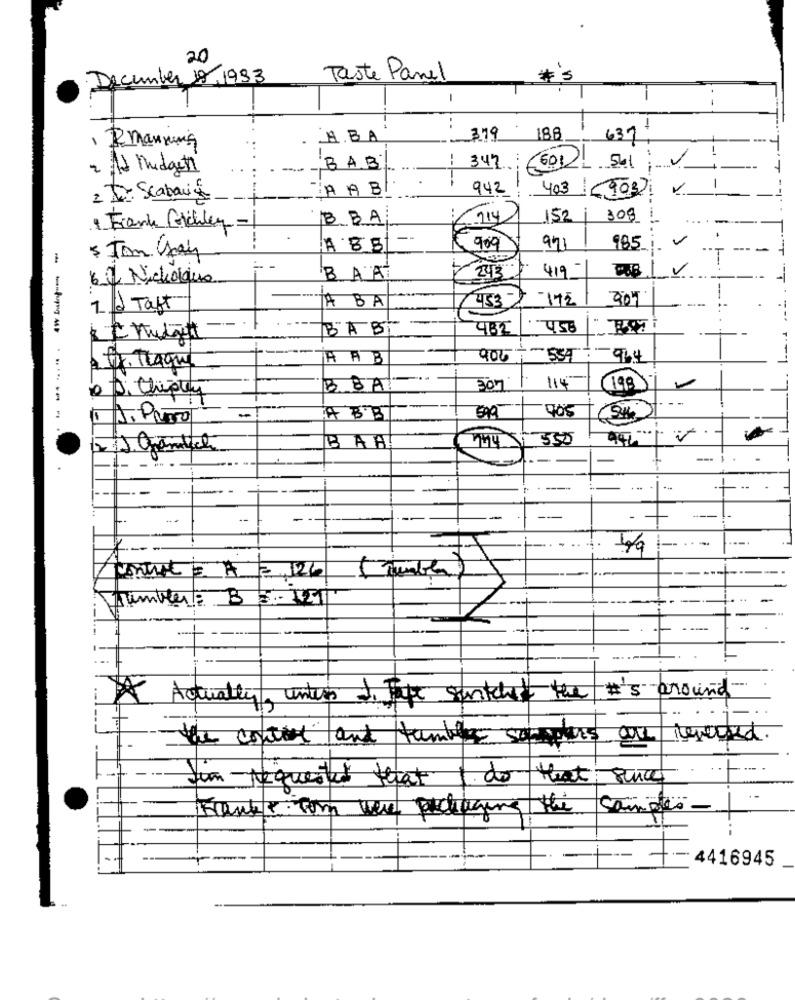
20
:December 18.1993
Taste Panel
-
..
. A. BA
379
188
637
, Rmanning
...
601
2 Ad Midget
BAB
347
561
LA AB
942
403
16993
2 I Scabanis
-
B.BA
£ 214
152
309
1 Frank Gickley-
ABB
909
97
985
243%
41
6 2 Nicholque
BAA
-172
1. 2 Taft
A BA
----
BAB
48℃
.758
AAB
906
-964
2 Tr. Traque
Di Chipley
B.BA
307
114
(198
-----
905
A BB
21 go
grambel
BAH!
---
--
+ ..
----- - 1
-
--
FI=
. .
-----
ponerse = A = 126
-
#'s around
Actually, unters 1. Jipe suntcheck the
the concert and tumble supplies
...
Jan-requested that 1 do
that
Hanke com were packaging the
--
--
4416945